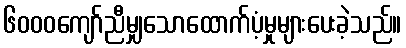
၆၀၀၀ကျော်ညီမျှသောထောက်ပံ့မှုများပေးခဲ့သည်။